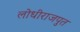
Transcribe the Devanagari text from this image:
लोधीराजपुत